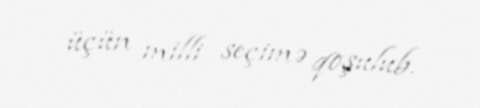
üçün milli seçimə qoşulub.